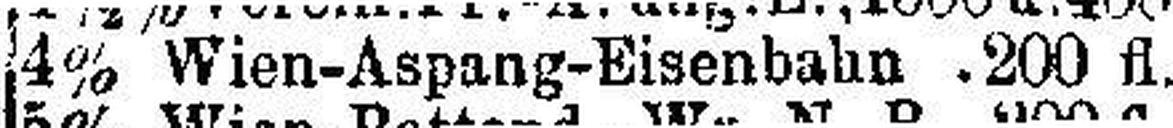
4% Wien-Aspang-Eisenbahn .200 fl...